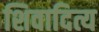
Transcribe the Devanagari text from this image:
शिवादित्य